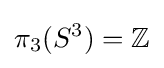
\pi _{3}(S^{3})=\mathbb {Z}